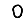
Digit: 0